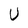
Character: U